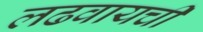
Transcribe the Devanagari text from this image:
लढवायची